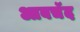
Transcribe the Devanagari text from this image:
आबचॅद